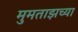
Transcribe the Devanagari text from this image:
मुमताझच्या